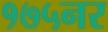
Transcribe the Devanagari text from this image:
१७५नर